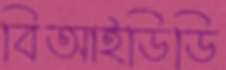
বিআইডিডি